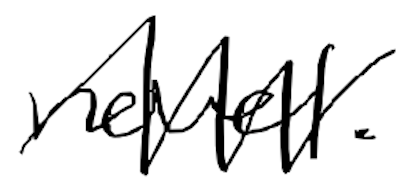
Text: novel.
Cross-out: zig-zag
Writing tool: digital_black